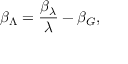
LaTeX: \beta _ { \Lambda } = \frac { \beta _ { \lambda } } { \lambda } - \beta _ { G } ,